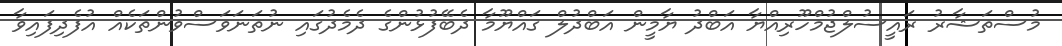
މުސްތަޝާރު ރައީސުލްޖުމްހޫރިއްޔާ އަބްދު ޔާމީން އަބްދުލް ގައްޔޫމާ ދެބޭފުޅުންގެ ދެމެދުގައި ނުތަނަވަސްވުންތަކެއް އުފެދިފައިވާ